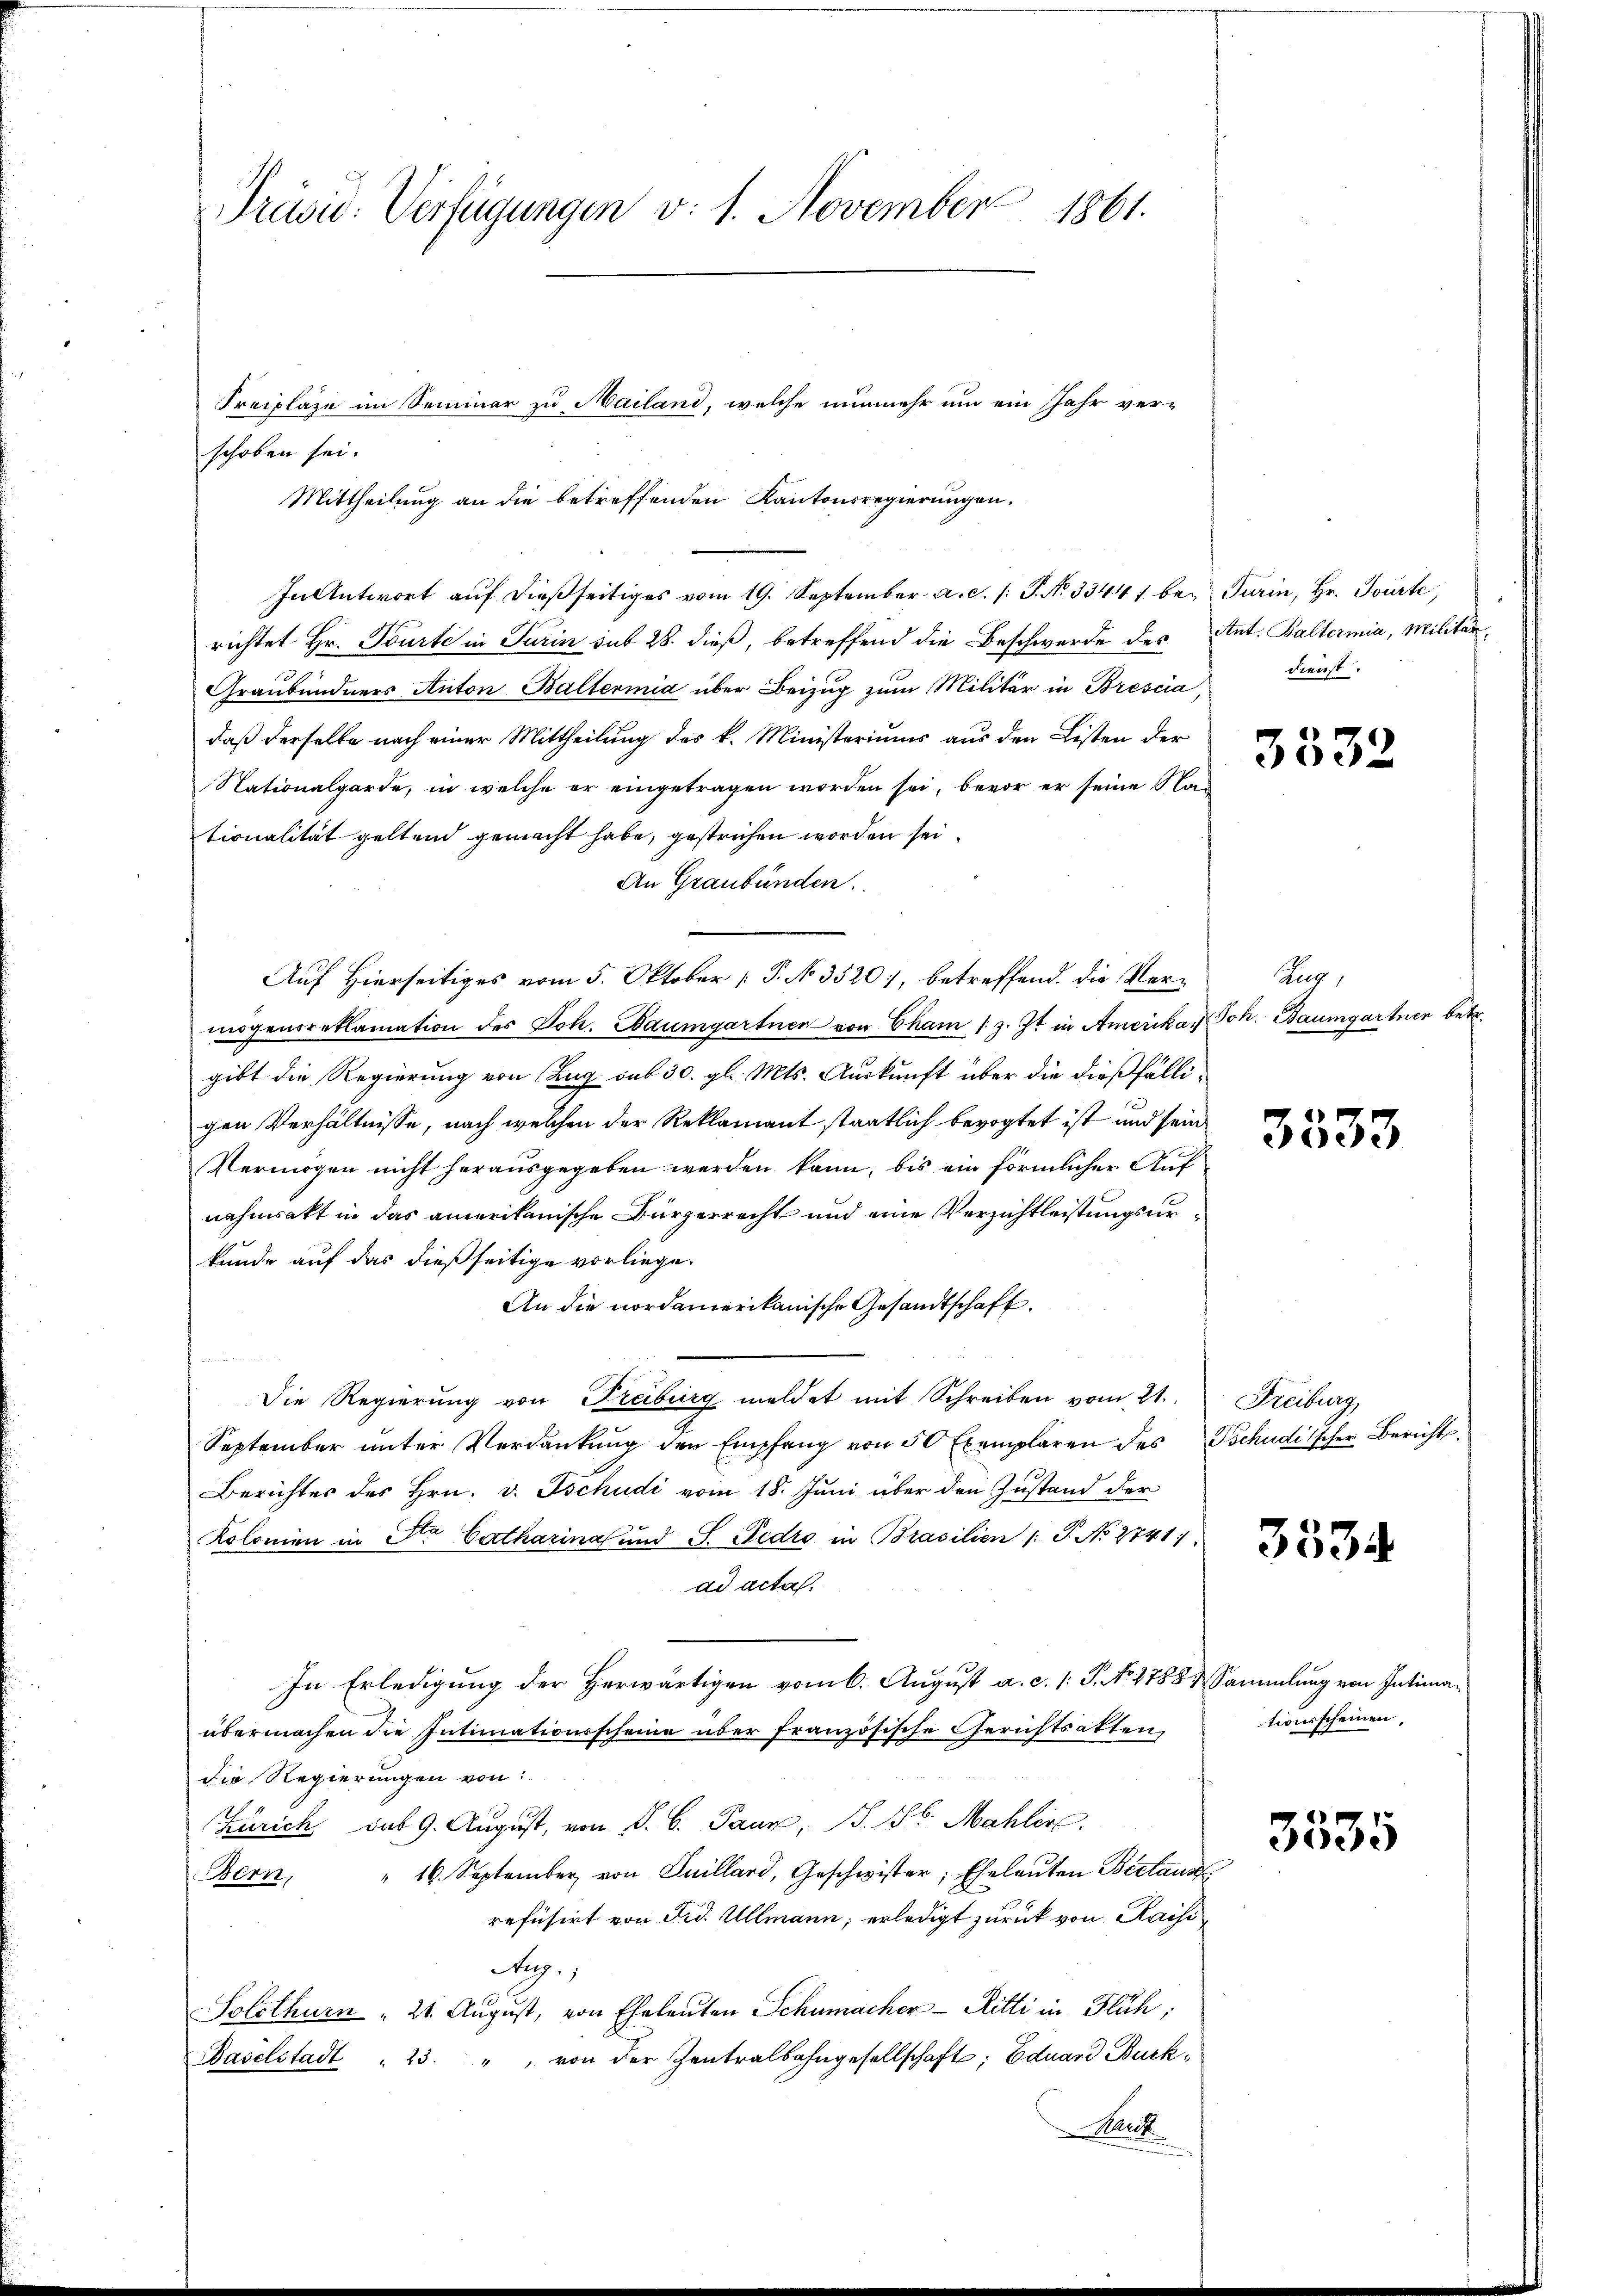
Präsid: Verfügungen v. 1. November 1861.

schoben sei.
richtet Hr. Tourti in Turin sub 28. dieß, betreffend die Beschwerde des Ant. Baltermia, Militär¬
Graubündners Anton Baltermid über Beizug zum Militär in Brescia
daß derselbe nach einer Mittheilung des k. Ministeriums aus den Listen der
Nationalgarde, in welche er eingetragen worden sei, bevor er seine Nad
tionalität geltend gemacht habe, gestrichen worden sei
An Graubünden.
Auf Hierseitiges vom 5. Oktober P. No. 3520, betreffend. Die Vermögensreklamation des Joh. Baumgartner von Cham 13. Jt in Amerika, Joh. Baumgartner betr.
gibt die Regierung von Zug sub 30. gl. Mts. Auskunft über die dießfälligen Verhältnisse, nach welchen der Reklamant staatlich bevogtet ist und sein
Vermögen nicht herausgegeben werden kann; bis ein förmlicher Aufnahmsakt in das amerikanische Bürgerrecht und eine Verzichtleistungsurkunde auf das dießseitige vorliege.
An die nordamerikanische Gesandtschaft.
u
t
Die Regierŭng von Freiburg meldet mit Schreiben vom 21. Freiburg,
September unter Verdankung der Empfang von 50 Exemplaren des Tschudischer Berichts.
Berichter des Hrn. v. Tschudi vom 18. Juni über den Zustand der
Kolonien in Sta Catharina und S. Pedio in Brasilien 1. P. No. 21411
ad acta.
In Erledigung der Herwärtigen vom 6. August a. c. l. J. No. 1788 & Sammlung von Intimaübermachen die Intimationsscheine über französische Gerichtsakten,
die Regierungen von:
Zürich sub 9. August, von S. B. Paur, S. 16. Mahler.
" 16. September von Suillard, Geschwister, Eheleuten Bertaus
Bern,
refüsirt von Frd. Ullmann, erledigt zurück von Kaise
Aug.,
Solothurn " 21. August, von Eheleuten Schumacher-Hitti in Flüch:
Baselstadt " 23. " von der Zentralbahngesellschaft; Eduard Buck¬
Mauk

Freiplaze im Seminar zu Mailand, welche nunmehr um ein Jahr ver-
Mittheilung an die betreffenden Kantonsregierungen.
In Antwort auf dießseitiges vom 19. September a.c. /: P. Nr. 33447 bei Turin, Hr. Tourte,

dienst.

3532

Zug,

3333

3535

tionsscheinen,